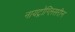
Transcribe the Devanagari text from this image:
नायट्रोग्लिसरीन